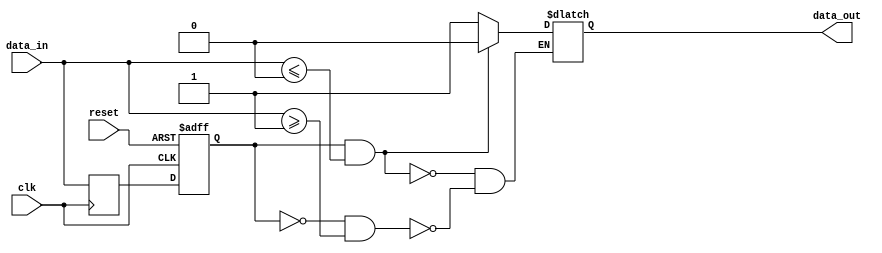
module schmitt_trigger_buffer (
    input wire clk,
    input wire reset,
    input wire data_in,
    output reg data_out
);

reg data_out_reg;
reg data_in_dly;

parameter THRESHOLD_LOW = 0;
parameter THRESHOLD_HIGH = 1;

always @ (posedge clk or posedge reset) begin
    if (reset) begin
        data_out_reg <= 1'b0;
    end else begin
        data_out_reg <= data_in_dly;
    end
end

always @ (posedge clk) begin
    data_in_dly <= data_in;
end

always @ (*) begin
    if (data_out_reg && (data_in <= THRESHOLD_LOW)) begin
        data_out <= 1'b0;
    end else if (!data_out_reg && (data_in >= THRESHOLD_HIGH)) begin
        data_out <= 1'b1;
    end
end

endmodule